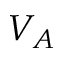
V _ { A }